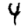
Digit: 4